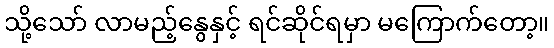
သို့သော် လာမည့်နွေနှင့် ရင်ဆိုင်ရမှာ မကြောက်တော့။